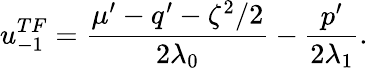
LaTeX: u_{-1}^{TF}=\frac{\mu^{\prime}-q^{\prime}-\zeta^{2}/2}{2\lambda_{0}}-\frac{p^{\prime}}{2\lambda_{1}}.